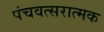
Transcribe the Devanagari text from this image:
पंचवत्सरात्मक